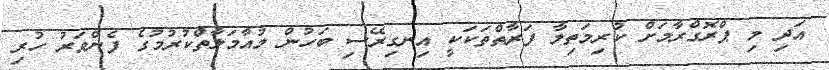
އަދި މި ޕްރޮގްރާމަށް ކުރިމަތިލާ ފަރާތްތަކަކީ އިނގިރޭސި ބަހުން މުއާމަލާތްކުރުމުގެ ފެންވަރު ހުރި